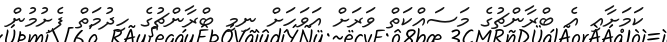
ކަމަށާއި އެ ބްރާންޗުގެ މަސައްކަތް ވަރަށް އަވަހަށް ނިމި ބްރާންޗުގެ ހިދުމަތް ފެށުމުން